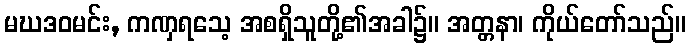
မဃဒဝမင်း, ကဏှရသေ့ အစရှိသူတို့၏အခါ၌။ အတ္တနာ၊ ကိုယ်တော်သည်။